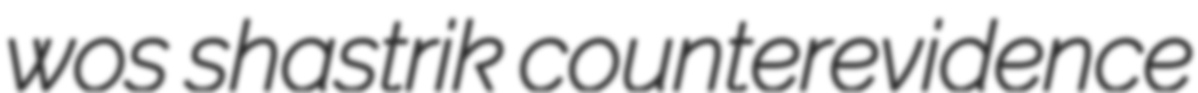
wos shastrik counterevidence